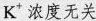
K^{+}浓度无关